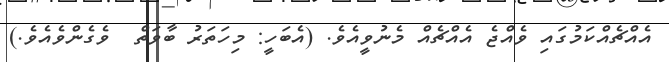
އެއްޗެއްކަމުގައި ވެއްޖެ އެއްޗެއް މެނުވީއެވެ. (އެބަހީ: މިހަތަރު ބާވަތް  ވެގެންވެއެވެ.)